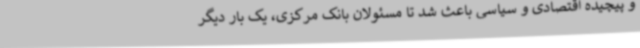
و پیچیده اقتصادی و سیاسی باعث شد تا مسئولان بانک مرکزی، یک بار دیگر